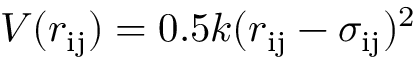
V ( r _ { \mathrm { i j } } ) = 0 . 5 k ( r _ { \mathrm { i j } } - \sigma _ { \mathrm { i j } } ) ^ { 2 }